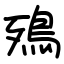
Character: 殦